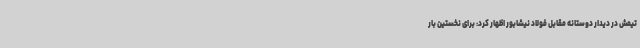
تیمش در دیدار دوستانه مقابل فولاد نیشابور اظهار کرد: برای نخستین بار